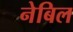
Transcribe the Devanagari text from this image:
नेबिल